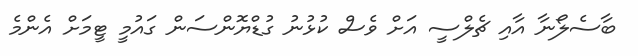
ބާސެލޯނާ އާއި ޗެލްސީ އަށް ވެސް ކުޅުނު ގުޑްޔޮންސަން ގައުމީ ޓީމަށް އެންމެ